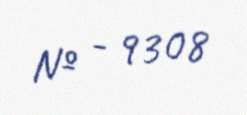
№ - 9308